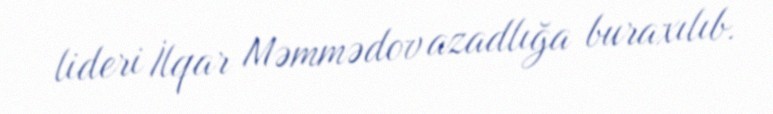
lideri İlqar Məmmədov azadlığa buraxılıb.